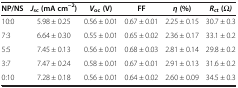
| NP/NS | Jsc (mA cm−2) | Voc (V) | FF | η (%) | Rct (Ω) |
 | --- | --- | --- | --- | --- | --- |
 | 10:0 | 5.98 ± 0.25 | 0.56 ± 0.01 | 0.67 ± 0.01 | 2.25 ± 0.15 | 30.7 ± 0.3 |
 | 7:3 | 6.64 ± 0.30 | 0.55 ± 0.01 | 0.65 ± 0.02 | 2.36 ± 0.17 | 33.1 ± 0.2 |
 | 5:5 | 7.45 ± 0.13 | 0.56 ± 0.01 | 0.68 ± 0.03 | 2.81 ± 0.14 | 29.8 ± 0.2 |
 | 3:7 | 7.47 ± 0.24 | 0.58 ± 0.01 | 0.67 ± 0.01 | 2.91 ± 0.13 | 31.6 ± 0.2 |
 | 0:10 | 7.28 ± 0.18 | 0.56 ± 0.01 | 0.64 ± 0.02 | 2.60 ± 0.09 | 34.5 ± 0.3 |